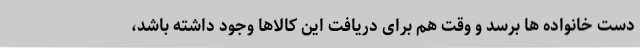
دست خانواده ها برسد و وقت هم برای دریافت این کالاها وجود داشته باشد،